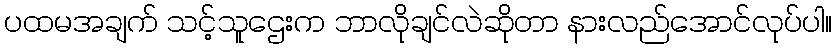
ပထမအချက် သင့်သူဌေးက ဘာလိုချင်လဲဆိုတာ နားလည်အောင်လုပ်ပါ။